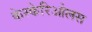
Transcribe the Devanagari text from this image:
केस्केरिओलस